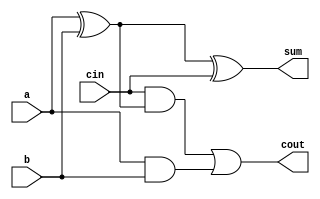
`timescale 1ns / 1ps
module FA_Structural(a,b,cin,sum,cout);
	input a,b,cin;
    output sum,cout;
    wire x,y,z;

    xor(x,a,b);
    xor(sum,x,cin);
    and(y,cin,x);
    and(z,a,b);
    or(cout,y,z);
endmodule

module RPA(a,b,cin,sum,cout);
	input[3:0] a,b; 
	input cin;
	output[3:0] sum;
	output cout;
	wire c0,c1,c2;
	
	FA_Structural fa1(a[0],b[0],cin,sum[0],c0);
	FA_Structural fa2(a[1],b[1],c0,sum[1],c1);
	FA_Structural fa3(a[2],b[2],c1,sum[2],c2);
	FA_Structural fa4(a[3],b[3],c2,sum[3],cout);
endmodule
	
module RPA_tb;
	reg[3:0] a,b;
	reg cin;
	wire[3:0] sum;
	wire cout;
	
	RPA rpa(a,b,cin,sum,cout);
	
	initial begin
		#0   a=4'b0000;b=4'b0000;cin=0;
		#10  a=4'b0000;b=4'b0000;cin=1;
		#10  a=4'b0000;b=4'b1111;cin=0;
		#10  a=4'b0000;b=4'b1111;cin=1;
        #10  a=4'b0011;b=4'b1111;cin=1;
	end
	
	initial begin
		$monitor("%d: a=%b b=%b cin=%b sum=%b cout=%b",$time,a,b,cin,sum,cout);
		$dumpfile("RPA.vcd");
		$dumpvars(0,RPA_tb);
	end
endmodule